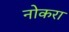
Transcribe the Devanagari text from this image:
नोकरा